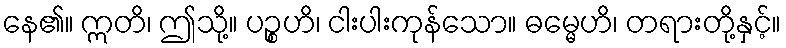
နေ၏။ ဣတိ၊ ဤသို့။ ပဉ္စဟိ၊ ငါးပါးကုန်သော။ ဓမ္မေဟိ၊ တရားတို့နှင့်။